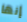
إنها